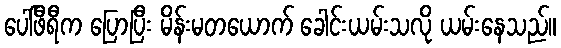
ပေါ်ဖီရီက ပြောပြီး မိန်းမတယောက် ခေါင်းယမ်းသလို ယမ်းနေသည်။